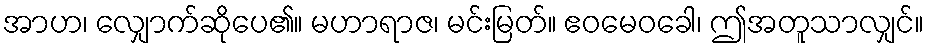
အာဟ၊ လျှောက်ဆိုပေ၏။ မဟာရာဇ၊ မင်းမြတ်။ ဧဝမေဝခေါ၊ ဤအတူသာလျှင်။